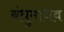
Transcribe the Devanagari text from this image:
बंधुमाधव